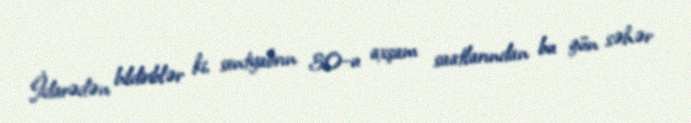
İdarədən bildiriblər ki, sentyabrın 30-u axşam saatlarından bu gün səhər